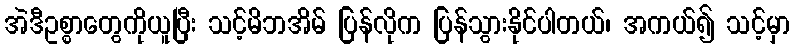
အဲဒီဥစ္စာတွေကိုယူပြီး သင့်မိဘအိမ် ပြန်လိုက ပြန်သွားနိုင်ပါတယ်၊ အကယ်၍ သင့်မှာ